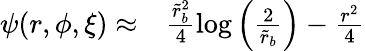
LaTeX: \begin{array}{rl}{\psi(r,\phi,\xi)\approx}&{{}\frac{\tilde{r}_{b}^{2}}{4}\log\left(\frac{2}{\tilde{r}_{b}}\right)-\frac{r^{2}}{4}}\end{array}